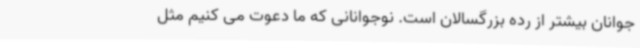
جوانان بیشتر از رده بزرگسالان است. نوجوانانی که ما دعوت می کنیم مثل